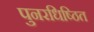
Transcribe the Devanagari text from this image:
पुनरधिष्ठित